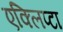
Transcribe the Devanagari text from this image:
एक्लिप्टा